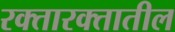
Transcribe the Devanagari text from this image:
रक्तारक्तातील